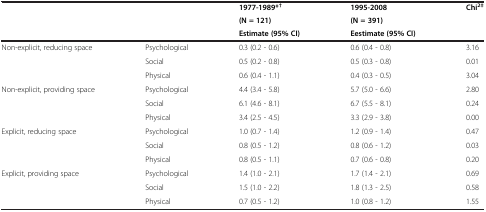
|  |  | 1977-1989*† | 1995-2008 | Chi2‡ |
 |  |  | (N = 121) | (N = 391) |  |
 |  |  | Estimate (95% CI) | Eestimate (95% CI) |  |
 | --- | --- | --- | --- | --- |
 | <ROWSPAN=3> Non-explicit, reducing space | Psychological | 0.3 (0.2 - 0.6) | 0.6 (0.4 - 0.8) | 3.16 |
 | Social | 0.5 (0.2 - 0.8) | 0.5 (0.3 - 0.8) | 0.01 |
 | Physical | 0.6 (0.4 - 1.1) | 0.4 (0.3 - 0.5) | 3.04 |
 | <ROWSPAN=3> Non-explicit, providing space | Psychological | 4.4 (3.4 - 5.8) | 5.7 (5.0 - 6.6) | 2.80 |
 | Social | 6.1 (4.6 - 8.1) | 6.7 (5.5 - 8.1) | 0.24 |
 | Physical | 3.4 (2.5 - 4.5) | 3.3 (2.9 - 3.8) | 0.00 |
 | <ROWSPAN=3> Explicit, reducing space | Psychological | 1.0 (0.7 - 1.4) | 1.2 (0.9 - 1.4) | 0.47 |
 | Social | 0.8 (0.5 - 1.2) | 0.8 (0.6 - 1.2) | 0.03 |
 | Physical | 0.8 (0.5 - 1.1) | 0.7 (0.6 - 0.8) | 0.20 |
 | <ROWSPAN=3> Explicit, providing space | Psychological | 1.4 (1.0 - 2.1) | 1.7 (1.4 - 2.1) | 0.69 |
 | Social | 1.5 (1.0 - 2.2) | 1.8 (1.3 - 2.5) | 0.58 |
 | Physical | 0.7 (0.5 - 1.2) | 1.0 (0.8 - 1.2) | 1.55 |